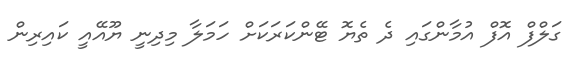
ގަލްފް އޮފް އުމާންގައި ދެ ތެޔޮ ޓޭންކަރަކަށް ހަމަލާ މިދިނީ ޔޫއޭއީ ކައިރިން